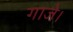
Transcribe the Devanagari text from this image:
गाजे।